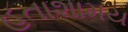
હતાશામય